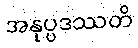
အနုပ္ပဒဿတိ